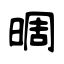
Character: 晭